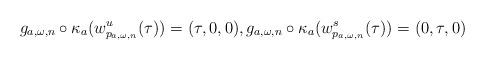
LaTeX: \begin{align*}g_{a,\omega,n}\circ \kappa_a(w^u_{p_{a,\omega,n}}(\tau))=(\tau,0,0),g_{a,\omega,n}\circ \kappa_a(w^s_{p_{a,\omega,n}}(\tau))=(0,\tau,0)\end{align*}